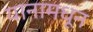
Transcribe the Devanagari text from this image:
यानामधून